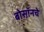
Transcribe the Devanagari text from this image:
बोसॉनचे